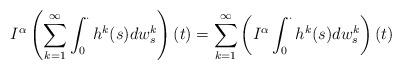
LaTeX: \begin{align*}I^{\alpha}\left(\sum_{k=1}^{\infty}\int_{0}^{\cdot}h^{k}(s)dw_{s}^{k}\right)(t)=\sum_{k=1}^{\infty}\left(I^{\alpha}\int_{0}^{\cdot}h^{k}(s)dw_{s}^{k}\right)(t)\end{align*}